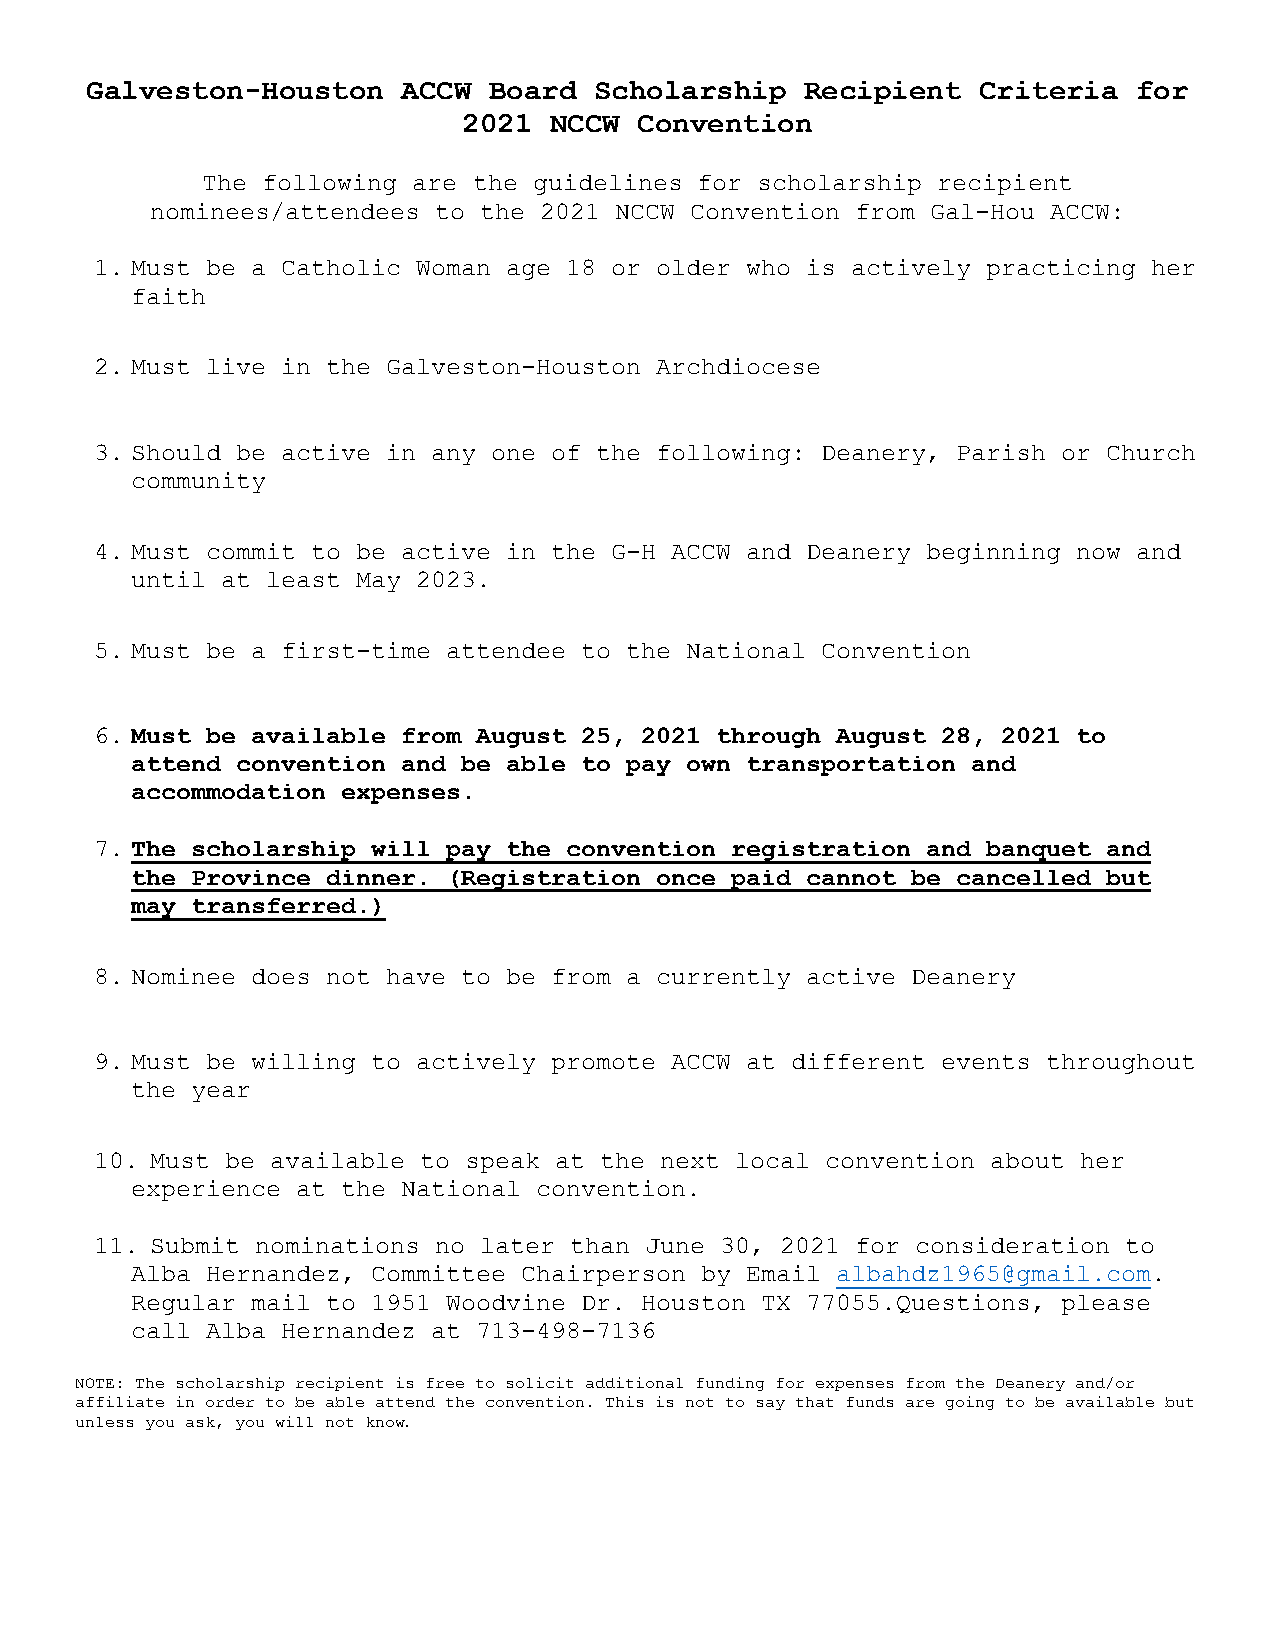
Galveston-Houston    ACCW Board  Scholarship   Recipient   Criteria  for
 2021 NCCW  Convention
 The following are the guidelines for scholarship recipient
 nominees/attendees to the 2021 NCCW Convention from Gal-Hou ACCW:
 1. Must be a Catholic Woman age 18 or older who is actively practicing her
 faith
 2. Must live in the Galveston-Houston Archdiocese
 3. Should be active in any one of the following: Deanery, Parish or Church
 community
 4. Must commit to be active in the G-H ACCW and Deanery beginning now and
 until at least May 2023.
 5. Must be a first-time attendee to the National Convention
 6. Must be available from August 25, 2021 through August 28, 2021 to
 attend convention and be able to pay own transportation and
 accommodation expenses.
 7. The scholarship will pay the convention registration and banquet and
 the Province dinner. (Registration once paid cannot be cancelled but
 may transferred.)
 8. Nominee does not have to be from a currently active Deanery
 9. Must be willing to actively promote ACCW at different events throughout
 the year
 10. Must be available to speak at the next local convention about her
 experience at the National convention.
 11. Submit nominations no later than June 30, 2021 for consideration to
 Alba Hernandez, Committee Chairperson by Email albahdz1965@gmail.com.
 Regular mail to 1951 Woodvine Dr. Houston TX 77055.Questions, please
 call Alba Hernandez at 713-498-7136
 NOTE: The scholarship recipient is free to solicit additional funding for expenses from the Deanery and/or
 affiliate in order to be able attend the convention. This is not to say that funds are going to be available but
 unless you ask, you will not know.